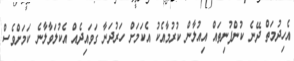
އެހިދުމަތް ދޭނެ ކުންފުނިތައް އިއުލާން ކުރުމާއެކު އެކަމަށް ހަރުދަނާ ގަވައިދެއް އެކުލަވާލާނެ ކަމަށްވެސް